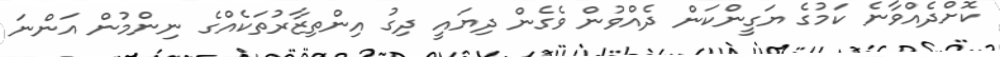
ކޮށްދެއްވާނެ ކަމުގެ ޔަގީންކަން ދެއްވުން ވެގެން ދިޔައީ ދިގު އިންތިޒާރުތަކެއްގެ ނިންމުން އަންނަ